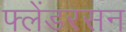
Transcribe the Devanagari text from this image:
फ्लेंडरसन